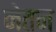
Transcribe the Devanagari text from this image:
नेतन